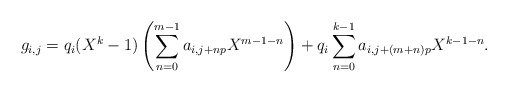
\begin{align*}g_{i,j}=q_i(X^k-1)\left(\sum_{n=0}^{m-1} a_{i,j+np}X^{m-1-n}\right) + q_i\sum_{n=0}^{k-1} a_{i,j+(m+n)p}X^{k-1-n}.\end{align*}